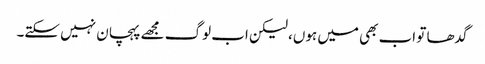
گدھا تو اب بھی میں ہوں، لیکن اب لوگ مجھے پہچان نہیں سکتے۔